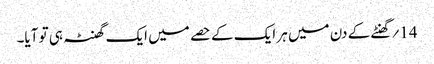
14؍ گھنٹے کے دن میں ہر ایک کے حصے میں ایک گھنٹہ ہی تو آیا۔